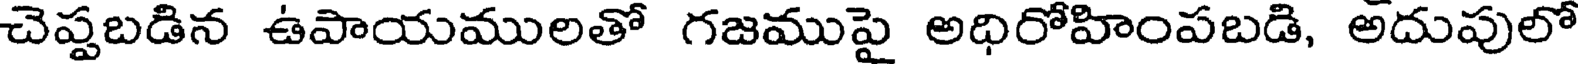
చెప్పబడిన ఉపాయములతో గజముపై అధిరోహింపబడి, అదుపులో